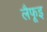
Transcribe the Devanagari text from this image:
लैफूइ